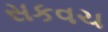
સકવચ